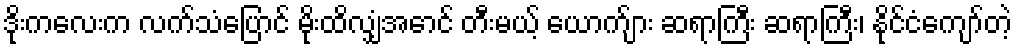
ဒိုးကလေးက လက်သံပြောင် မိုးထိလျှံအောင် တီးမယ့် ယောက်ျား ဆရာကြီး ဆရာကြီး၊ နိုင်ငံကျော်တဲ့